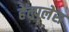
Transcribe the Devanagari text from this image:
हेल्पलेस